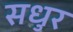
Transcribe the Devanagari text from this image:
सधुर